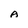
Character: A